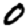
Digit: 0